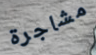
مشاجرة